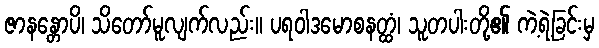
ဇာနန္တောပိ၊ သိတော်မူလျက်လည်း။ ပရဝါဒမောစနတ္ထံ၊ သူတပါးတို့၏ ကဲ့ရဲ့ခြင်းမှ